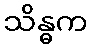
သိန္ဓက